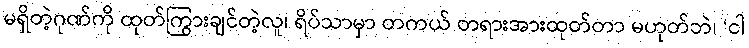
မရှိတဲ့ဂုဏ်ကို ထုတ်ကြွားချင်တဲ့လူ၊ ရိပ်သာမှာ တကယ် တရားအားထုတ်တာ မဟုတ်ဘဲ၊ ‘ငါ